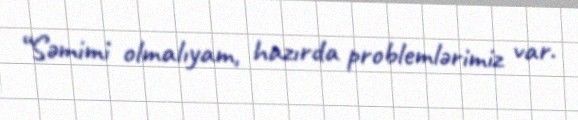
“Səmimi olmalıyam, hazırda problemlərimiz var.